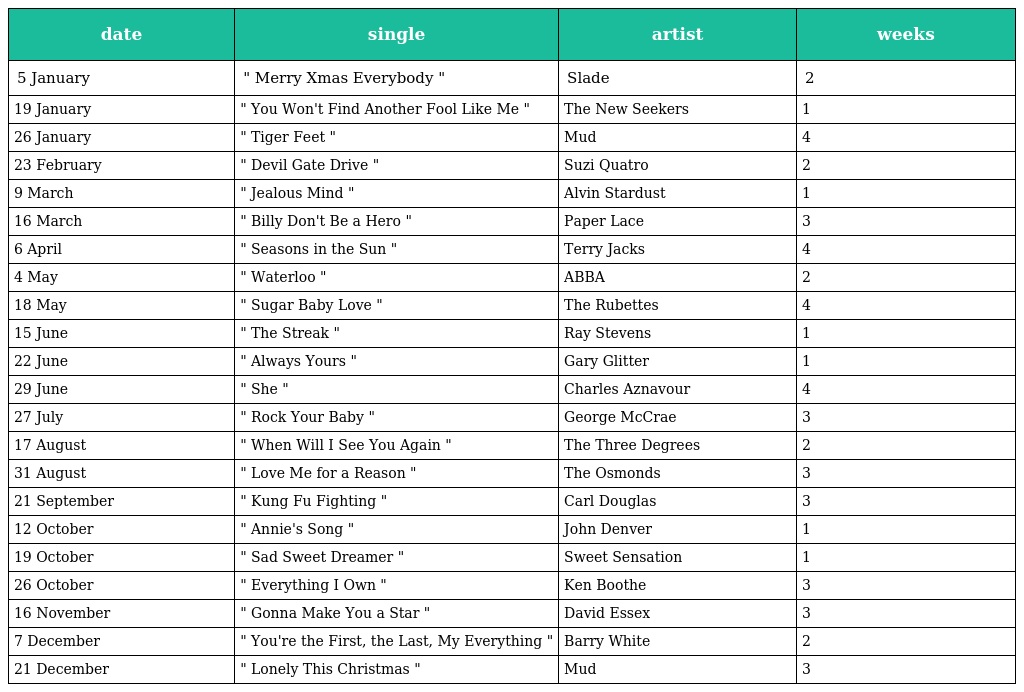
| date | single | artist | weeks |
 | --- | --- | --- | --- |
 | 5 January | " Merry Xmas Everybody " | Slade | 2 |
 | 19 January | " You Won't Find Another Fool Like Me " | The New Seekers | 1 |
 | 26 January | " Tiger Feet " | Mud | 4 |
 | 23 February | " Devil Gate Drive " | Suzi Quatro | 2 |
 | 9 March | " Jealous Mind " | Alvin Stardust | 1 |
 | 16 March | " Billy Don't Be a Hero " | Paper Lace | 3 |
 | 6 April | " Seasons in the Sun " | Terry Jacks | 4 |
 | 4 May | " Waterloo " | ABBA | 2 |
 | 18 May | " Sugar Baby Love " | The Rubettes | 4 |
 | 15 June | " The Streak " | Ray Stevens | 1 |
 | 22 June | " Always Yours " | Gary Glitter | 1 |
 | 29 June | " She " | Charles Aznavour | 4 |
 | 27 July | " Rock Your Baby " | George McCrae | 3 |
 | 17 August | " When Will I See You Again " | The Three Degrees | 2 |
 | 31 August | " Love Me for a Reason " | The Osmonds | 3 |
 | 21 September | " Kung Fu Fighting " | Carl Douglas | 3 |
 | 12 October | " Annie's Song " | John Denver | 1 |
 | 19 October | " Sad Sweet Dreamer " | Sweet Sensation | 1 |
 | 26 October | " Everything I Own " | Ken Boothe | 3 |
 | 16 November | " Gonna Make You a Star " | David Essex | 3 |
 | 7 December | " You're the First, the Last, My Everything " | Barry White | 2 |
 | 21 December | " Lonely This Christmas " | Mud | 3 |